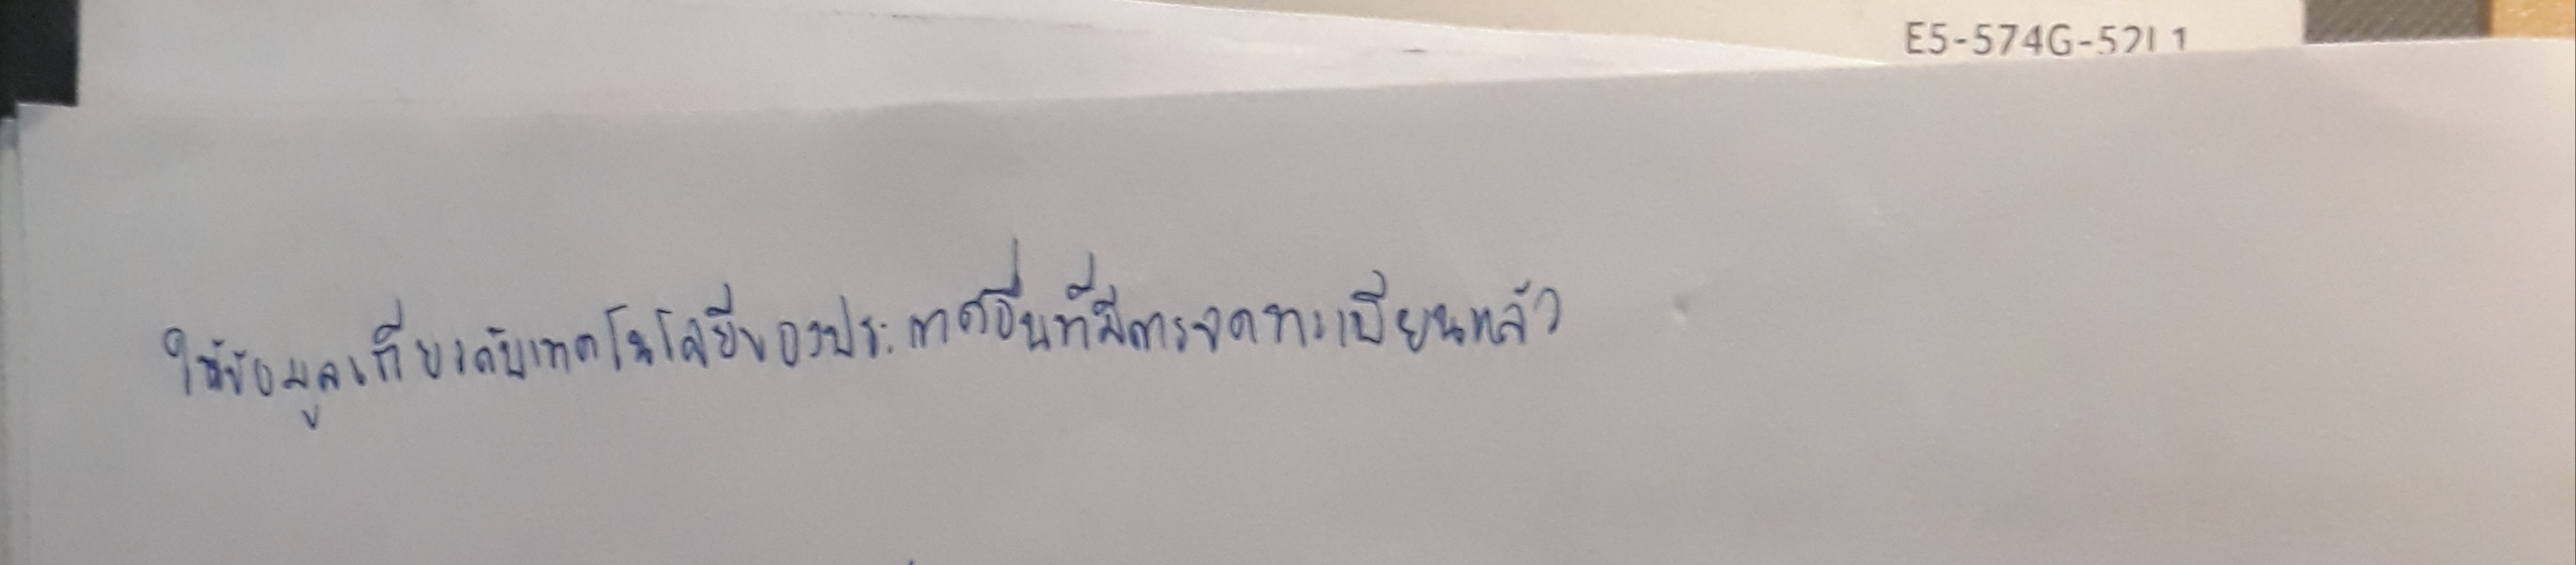
ให้ข้อมูลเกี่ยวกับเทคโนโลยีของประเทศอื่นที่มีการจดทะเบียนแล้ว